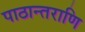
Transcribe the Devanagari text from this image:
पाठान्तराणि